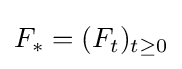
F_{*}=(F_{t})_{t\geq 0}